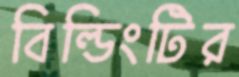
বিল্ডিংটির